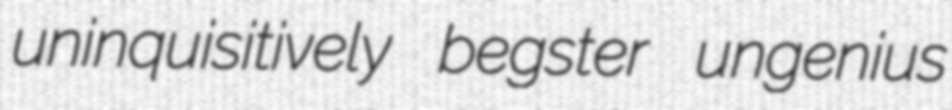
uninquisitively begster ungenius